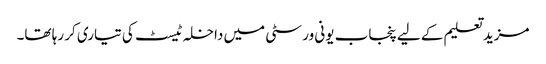
مزید تعلیم کے لیے پنجاب یونی ورسٹی میں داخلہ ٹیسٹ کی تیاری کر رہا تھا۔